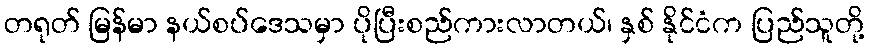
တရုတ် မြန်မာ နယ်စပ်ဒေသမှာ ပိုပြီးစည်ကားလာတယ်၊ နှစ် နိုင်ငံက ပြည်သူတို့